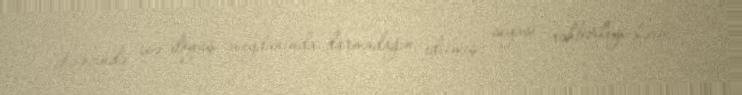
Əvəzində isə döyüş meydanında darmadağın edilmiş, siyasi rəhbərliyi hərbi